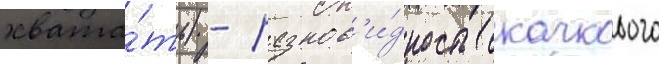
хвата́ть) - разнов'и́дность скачкового